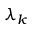
\lambda _ { k }